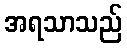
အရသာသည်